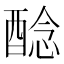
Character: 𨡎